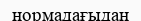
нормадағыдан